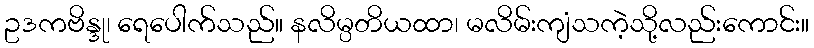
ဥဒကဗိန္ဒု၊ ရေပေါက်သည်။ နလိမ္ပတိယထာ၊ မလိမ်းကျံသကဲ့သို့လည်းကောင်း။